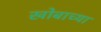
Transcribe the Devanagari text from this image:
खोबाच्या